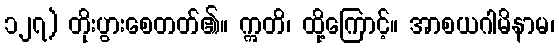
၁၂၇) တိုးပွားစေတတ်၏။ ဣတိ၊ ထို့ကြောင့်။ အာစယဂါမိနာမ၊